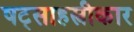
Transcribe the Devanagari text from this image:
षट्साहस्त्रीकार